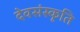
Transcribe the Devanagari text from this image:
देवसंस्कृति